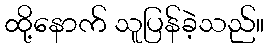
ထို့နောက် သူပြန်ခဲ့သည်။